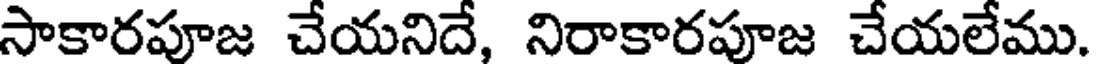
సాకారపూజ చేయనిదే, నిరాకారపూజ చేయలేము.